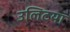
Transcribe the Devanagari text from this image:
उलिटया